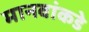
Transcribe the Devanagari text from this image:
मानवांकडे